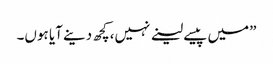
”میں پیسے لینے نہیں،کچھ دینے آیا ہوں۔